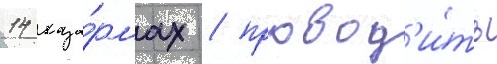
14 каза́рмах / провод'и́ть